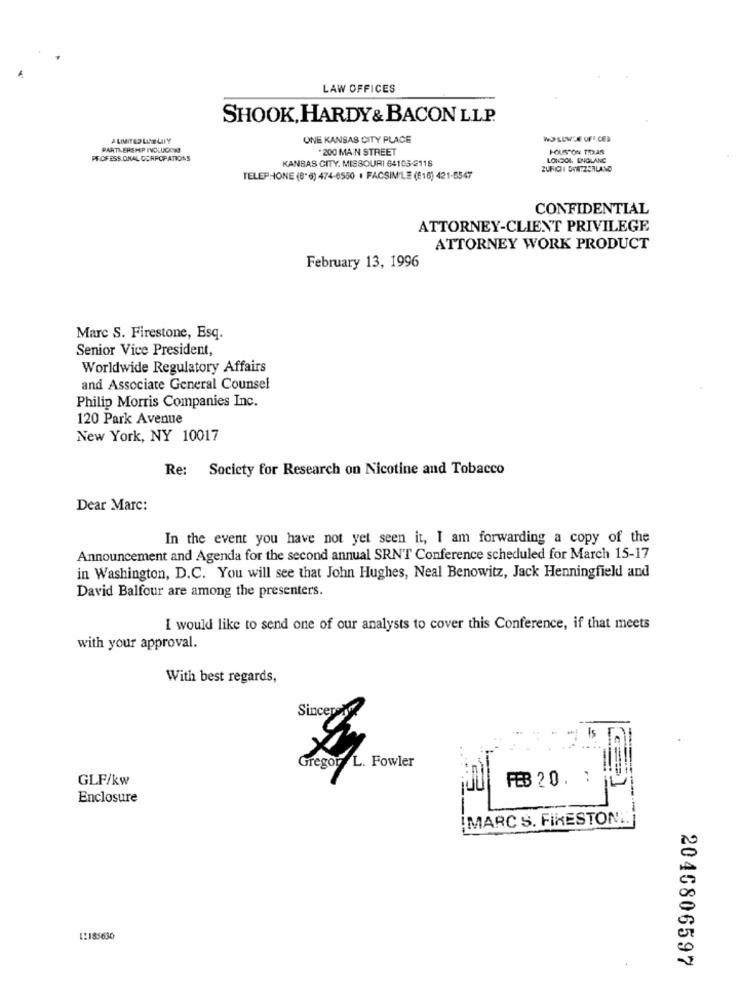
LAW OFFICES
SHOOK, HARDY& BACON LLP.
A LIMITED LUNLIY
ONE KANSAS CITY PLACE
PARTNERSHIP IVOLUCONI
.200 MAIN STREET
HOUSTON TEXAS
PROFESS ONAL CORPORATIONS
LONDON, ENGLAND
KANSAS CITY, MISSOURI 64103-2116
ZUFICII OVN-2SRLAND
TELEPHONE (8"6) 474-6550 . FACSIMILE (£16) 421-5547
CONFIDENTIAL
ATTORNEY-CLIENT PRIVILEGE
ATTORNEY WORK PRODUCT
February 13, 1996
Marc S. Firestone, Esq.
Senior Vice President,
Worldwide Regulatory Affairs
and Associate General Counsel
Philip Morris Companies Inc.
120 Park Avenue
New York, NY 10017
Re: Society for Research on Nicotine and Tobacco
Dear Marc:
In the event you have not yet seen it, I am forwarding a copy of the
Announcement and Agenda for the second annual SRNT Conference scheduled for March 15-17
in Washington, D.C. You will see that John Hughes, Neal Benowitz, Jack Henningfield and
David Balfour are among the presenters.
I would like to send one of our analysts to cover this Conference, if that meets
with your approval.
With best regards,
Sincerade
Gregor L. Fowler
GLF/kw
FEB 20. :
Enclosure
!MARC S. FIKESTONI.]
12185630
2046806597